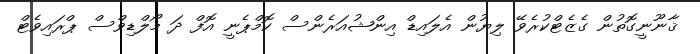
ޤާނޫނީގޮތުން ގެޒެޓްކުރެވޭ ލިޔުން އެލައިޑް އިންޝުއަރެންސް ކޮމްޕެނީ އޮފް ދަ މޯލްޑިވްސް ޕްރައިވެޓް